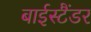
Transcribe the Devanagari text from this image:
बाईस्टैंडर